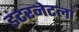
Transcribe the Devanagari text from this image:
इंटरनेटला